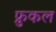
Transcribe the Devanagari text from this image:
फ्रुकल